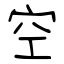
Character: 空